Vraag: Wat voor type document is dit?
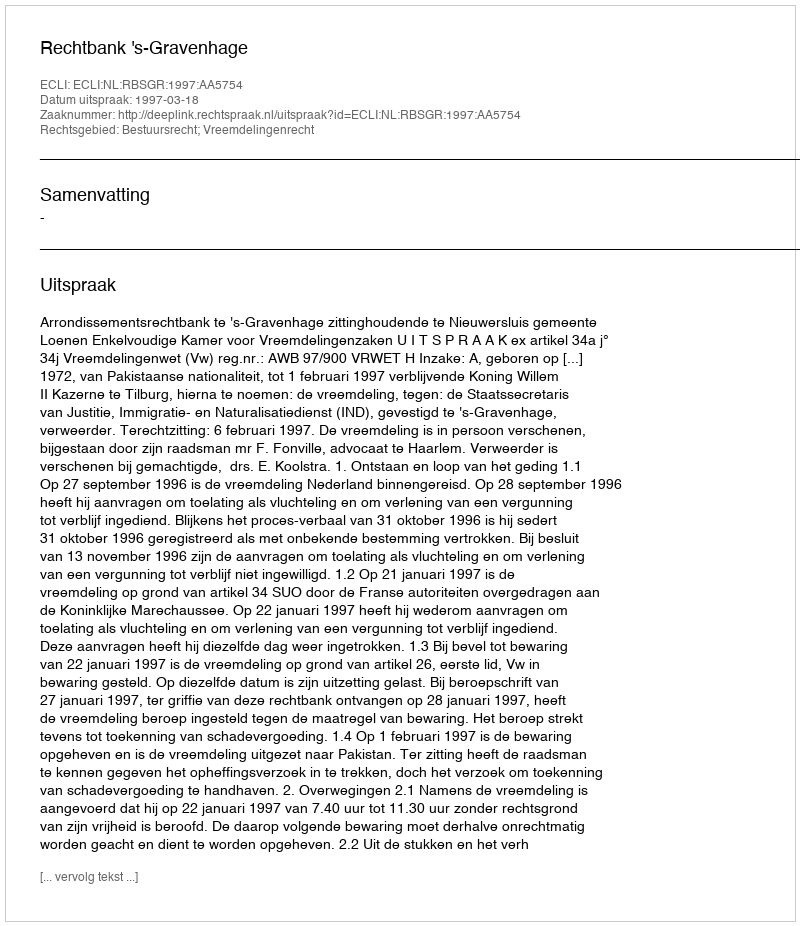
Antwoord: Uitspraak